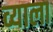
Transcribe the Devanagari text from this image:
व्याला